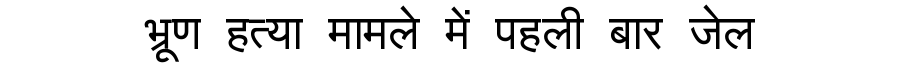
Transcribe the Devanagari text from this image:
भ्रूण हत्या मामले में पहली बार जेल